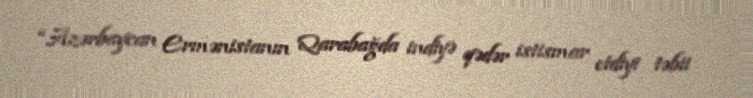
“Azərbaycan Ermənistanın Qarabağda indiyə qədər istismar etdiyi təbii